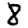
Digit: 8